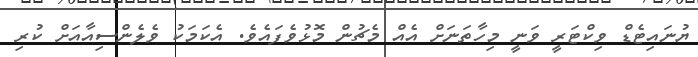
ޔުނައިޓެޑް ވިކްޓަރީ ވަނީ މިހާތަނަށް އެއް މެޗުން މޮޅުވެފައެވެ. އެކަމަކު ވެލެންސިއާއަށް ކުރި